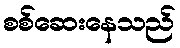
စစ်ဆေးနေသည်